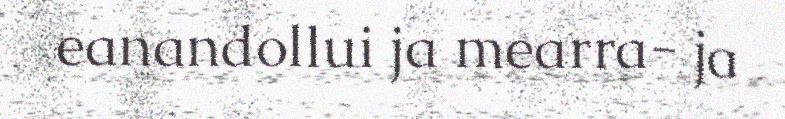
eanandollui ja mearra- ja